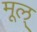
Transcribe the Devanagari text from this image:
मूल्